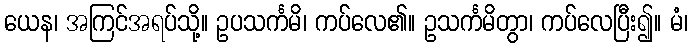
ယေန၊ အကြင်အရပ်သို့။ ဥပသင်္ကမိ၊ ကပ်လေ၏။ ဥသင်္ကမိတွာ၊ ကပ်လေပြီး၍။ မံ၊